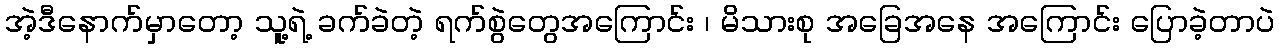
အဲ့ဒီနောက်မှာတော့ သူ့ရဲ့ ခက်ခဲတဲ့ ရက်စွဲတွေအကြောင်း ၊ မိသားစု အခြေအနေ အကြောင်း ပြောခဲ့တာပဲ